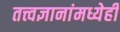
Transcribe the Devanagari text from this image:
तत्त्वज्ञानांमध्येही